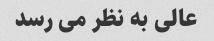
عالی به نظر می رسد